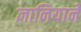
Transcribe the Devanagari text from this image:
ज्ञानियाने